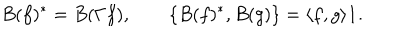
LaTeX: B ( f ) ^ { * } = B ( \Gamma f ) , \qquad \{ B ( f ) ^ { * } , B ( g ) \} = \langle f , g \rangle { \bf 1 } .